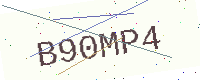
Text: B90MP4